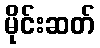
မိုင်းဆတ်